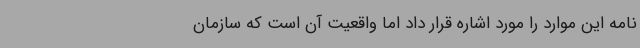
نامه این موارد را مورد اشاره قرار داد اما واقعیت آن است که سازمان